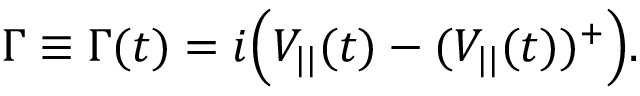
\Gamma \equiv \Gamma ( t ) = i \Big ( V _ { | | } ( t ) - ( V _ { | | } ( t ) ) ^ { + } \Big ) .